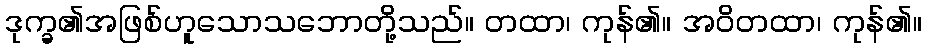
ဒုက္ခ၏အဖြစ်ဟူသောသဘောတို့သည်။ တထာ၊ ကုန်၏။ အဝိတထာ၊ ကုန်၏။